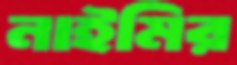
নাইমির